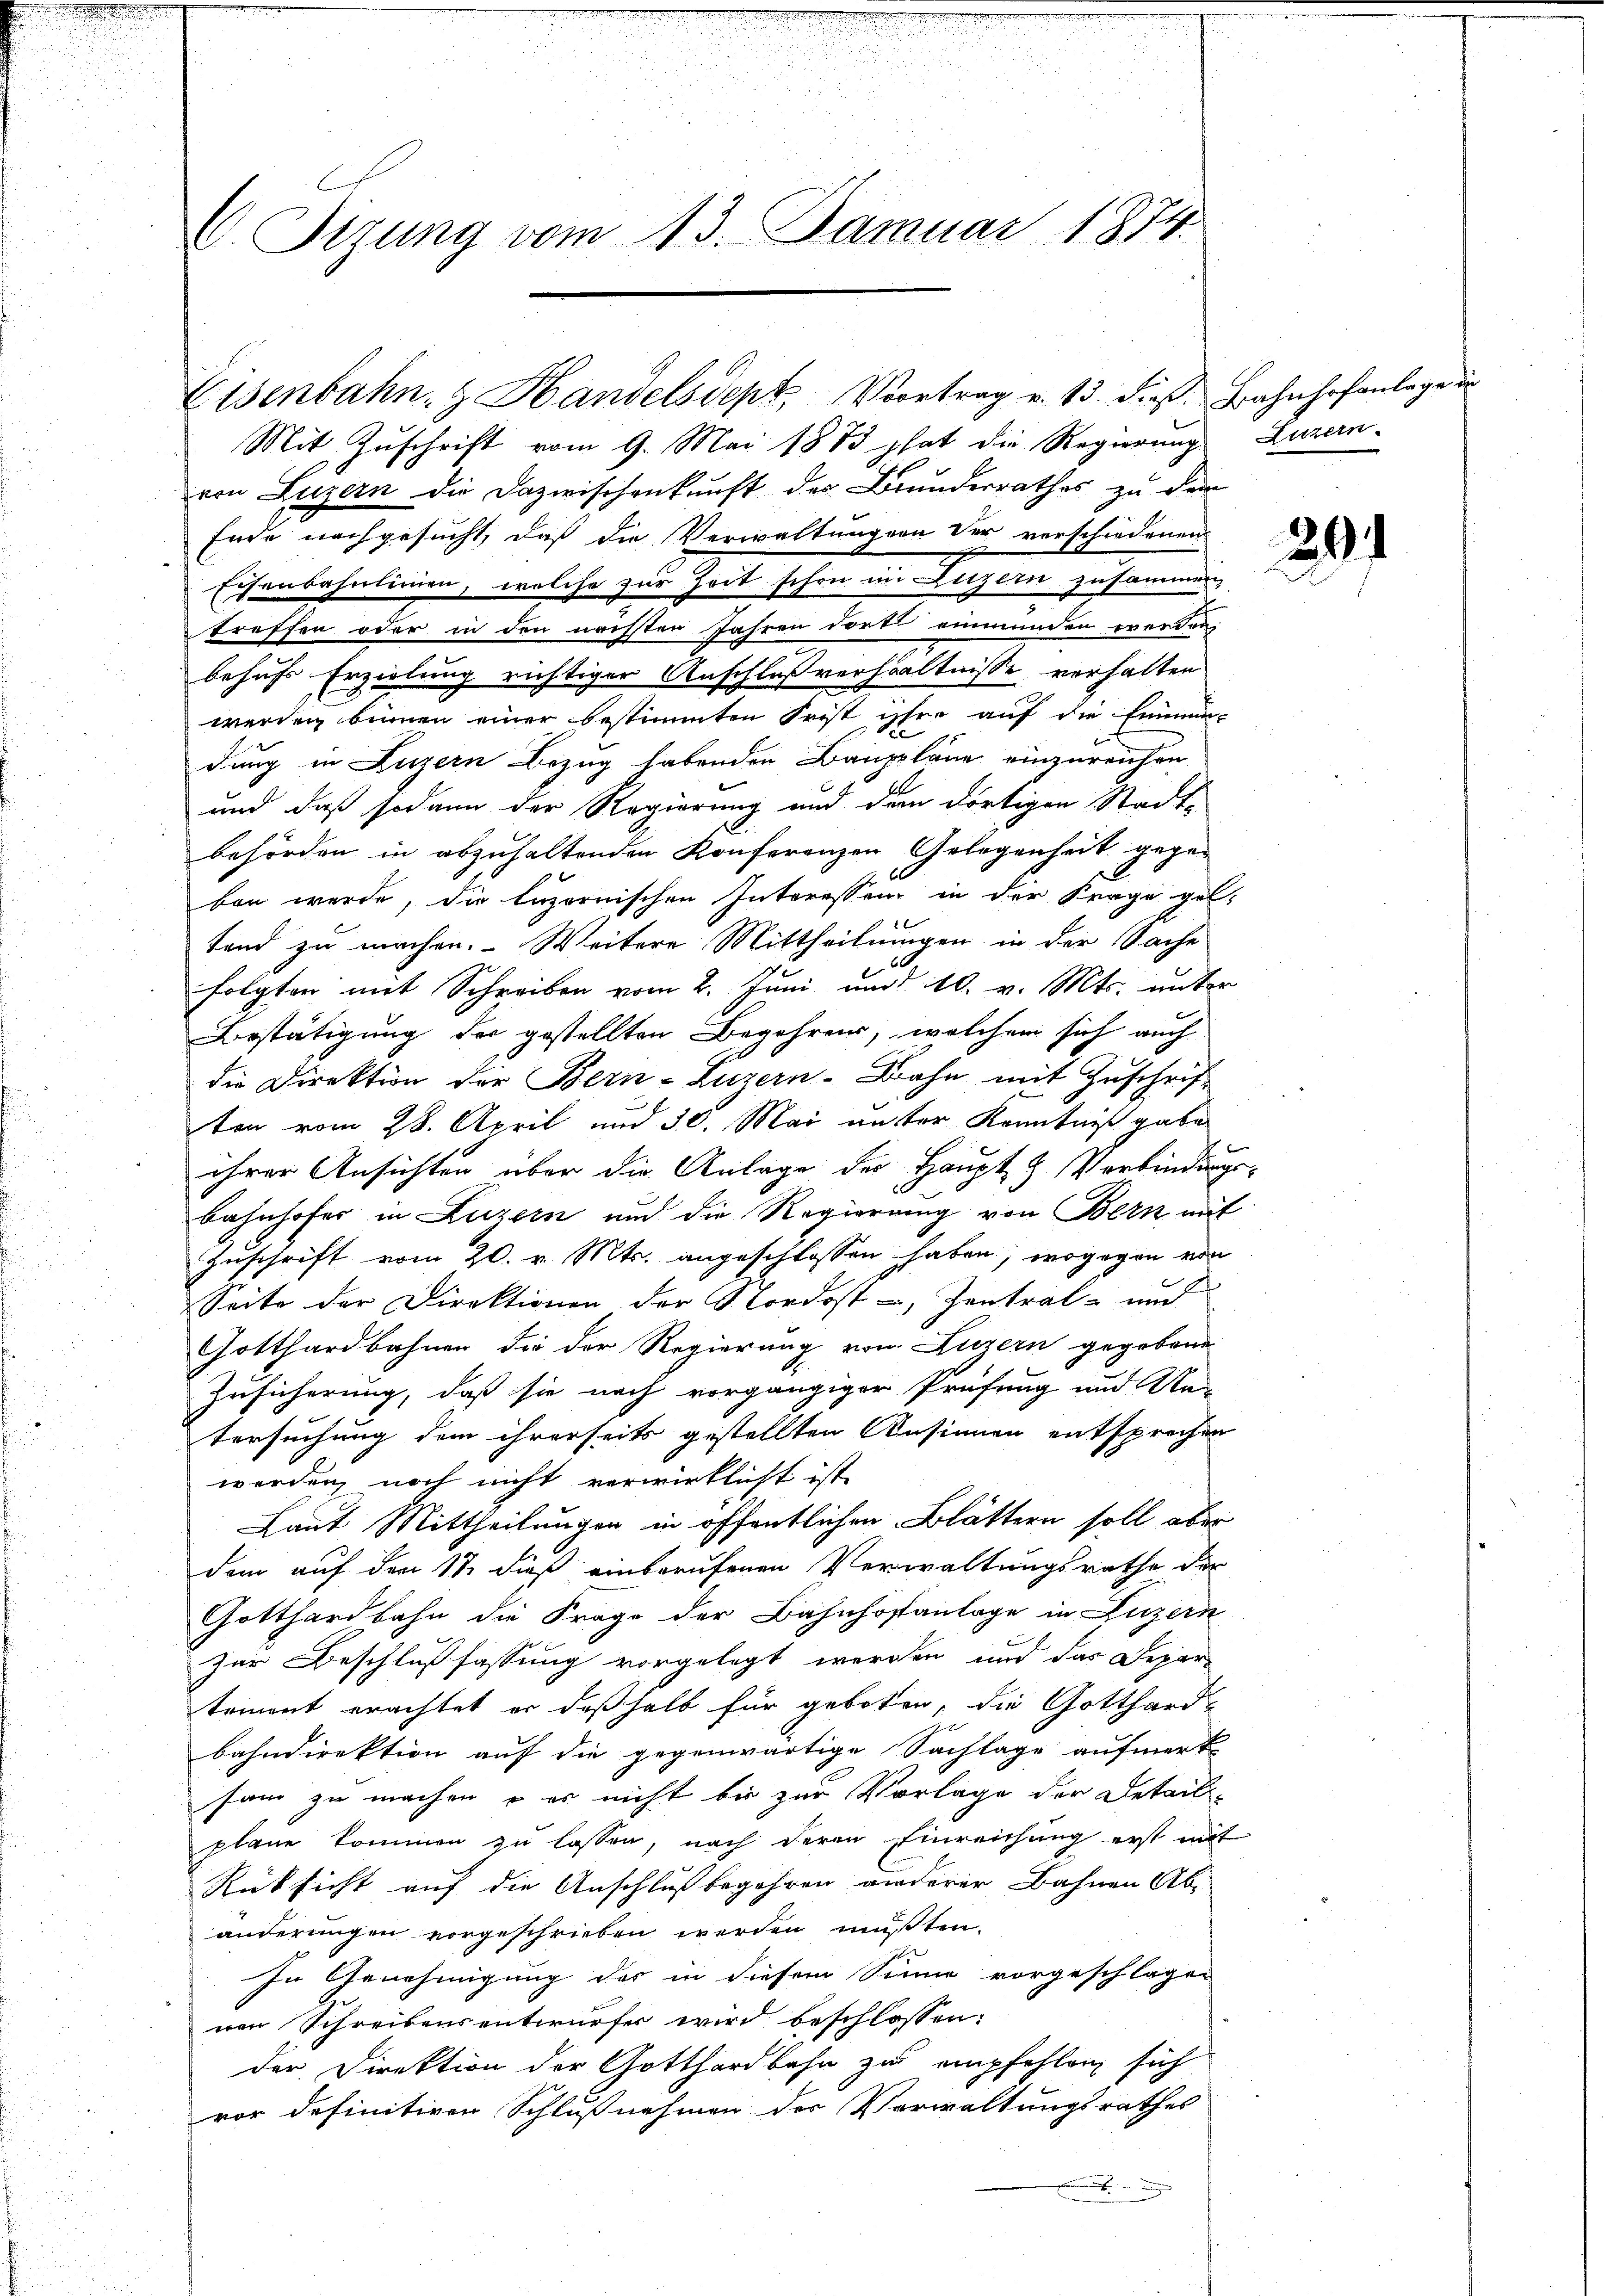
d
C. Tizung vom 13. Januar 1874.

Mit Zuschrift vom 9. Mai 1883 hat die Regierung. Luzern
von Luzern die Dazwischenkunft der Brundesrathes zu der
Ende nachgesucht, daß die Verwaltungen der verschiedenen
m
Eisenbahnlinien, welche zur Zeit schon in Luzern zusammen,
treffen oder in den nächsten Jahren dort einmünden werden,
behufs Erzielung richtiger Anschluß verhältnisse verhalten
werden binnen einer bestimmten Frist ihre auf die Emmen-
dung in Luzern Bezug habenden Bauppläne einzureichen
und daß sodann der Regierung und dem dortigen Stadt-
behörden in abzuhaltenden Konferenzen Gelegenheit gegeben werde, die luzernischen Interessen in der Frage gel.
fand zu machen. Weitere Mittheilungen in der Sache
folgten mit Schreiben vom 2. Juni und 10. v. Mts. unter
Bestätigung der gestellten Begehrens, welchem sich auch
die Direktion der Bern-Luzern-Bahn mit Zuschriften vom 28. April und 30. Mai unster Kenntniß gabe
ihrer Ansichten über die Anlage der Haupt- & Verbindungs-
Bahnhofer in Luzern und die Regierung von Bern mit
Zuschrift vom 20. v. Mts. angeschlossen haben, wogegen von
Seite der Direktionen der Nordost - Zentral- und
Gotthardbahnen die der Regierung von Luzern gegebene
Zusicherung, daß sie nach vorgängiger Prüfung und Na
tersuchung dem ihrerseits gestellten Ansinnen entsprechen
werden, noch nicht verwirklicht ist,
Laut Mittheilungen in öffentlichen Blättern soll aber
dem auf den 11. dieß einberufenen Verwaltungsrathe der
Gotthardbahn die Frage der Bahnhofanlage in Luzern
zur Beschlußfassung vorgelegt werden und das Depar-
tement erachtet er deßhalb für geboten, die Gotthardbahndirektion auf die gegenwärtige Sachlage aufmerk-
sam zu machen – es nicht bis zur Vorlage der Detail-
plane kommen zu lassen, nach deren Einreichung erst mit
Rüksicht auf die Anschluß begehren wiederer Bahnen Ab-
änderungen vorgeschrieben werden mußten.
In Genehmigung der in diesem Sinne vorgeschlagen
nen Schreibensentwurfes wird beschlossen:
der Direktion der Gotthardbahn zu empfehlen sich
vor definitiven Schlußnahmen der Verwaltungsrathes

Eisenbahn- & Handelsdept Vortrag v. 13. dieß. Bahnhofanlage u

291